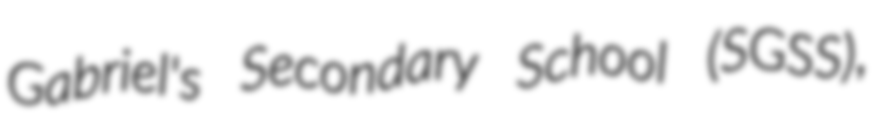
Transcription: Gabriel's Secondary School (SGSS),